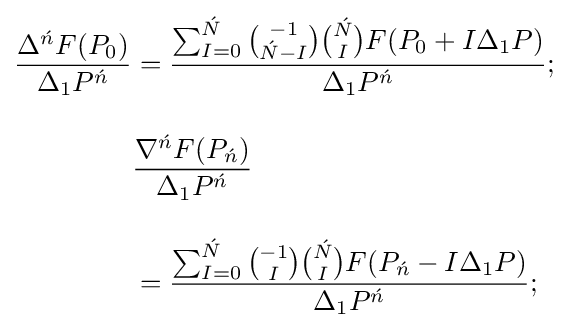
{\begin{aligned}{\frac {\Delta ^{\acute {n}}F(P_{0})}{\Delta _{1}P^{\acute {n}}}}&={\frac {\sum _{I=0}^{\acute {N}}{-1 \choose {\acute {N}}-I}{{\acute {N}} \choose I}F(P_{0}+I\Delta _{1}P)}{\Delta _{1}P^{\acute {n}}}};\\[10pt]&{\frac {\nabla ^{\acute {n}}F(P_{\acute {n}})}{\Delta _{1}P^{\acute {n}}}}\\[10pt]&={\frac {\sum _{I=0}^{\acute {N}}{-1 \choose I}{{\acute {N}} \choose I}F(P_{\acute {n}}-I\Delta _{1}P)}{\Delta _{1}P^{\acute {n}}}};\end{aligned}}